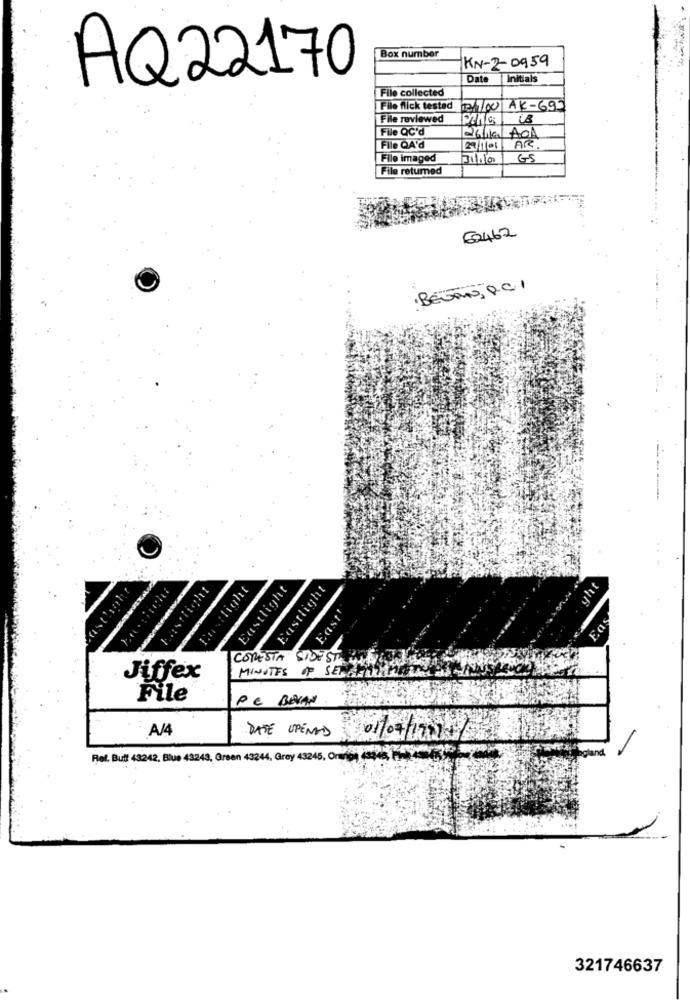
Box number
KN-2-0959
AQ22170
Date
Initials
File collected
File flick tested 1/100 AK-697
File reviewed
File QC'd
26/10/ACA
File QA'd
AR
File imaged
31/100
GS
File returned
62462
BEGAN, P.C. I
Eastlight
yht
Masthahr
hastlight
Rustlight
Eastlight
& East'
Eas
ConESTA
SIDES
Jiffex
MINUTES OF SEACHAREM COOL
File
PC BELAN
A/4
DATE UPENAD
01/04/2014
Ref. Buff 43242, Blue 43243, Green 43244, Grey 43245, Orvips (1246, 14- 4-3
321746637